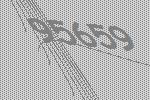
95659